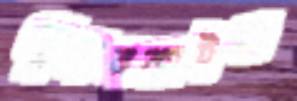
স্ক্লেরেনকাইমা